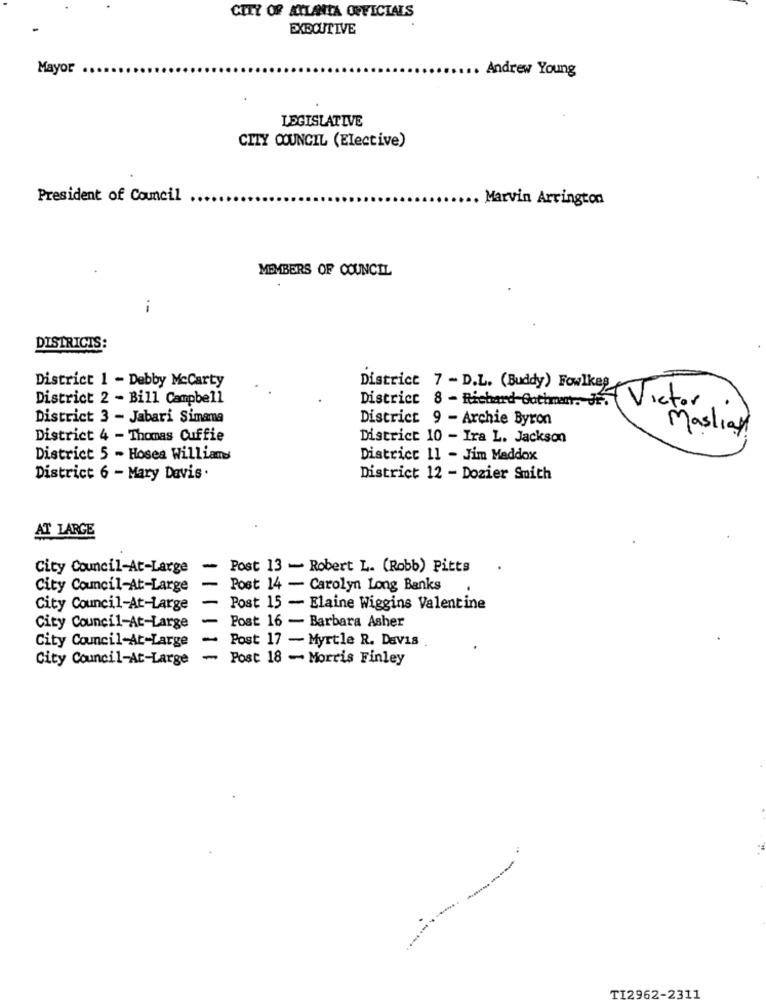
CITY OF ATLANTA OFFICIALS
EXECUTIVE
Mayor
Andrew Young
LEGISLATIVE
CITY COUNCIL (Elective)
President of Council .
. Marvin Arrington
MEMBERS OF COUNCIL
DISTRICTS:
District 1 - Debby Mccarty
District 7 - D.L. (Buddy) Fowlkes
District 2 - Bill Campbell
Victor
District 8 - Richard-Gathman. JF.
District 3 - Jabari Simama
District 9 - Archie Byron
Masliay
District 4 - Thomas Cuffie
District 10 - Ira L. Jackson
District 5 - Hosea Williams
District 11 - Jim Maddox
District 6 - Mary Davis .
District 12 - Dozier Smith
AT LARGE
City Council-At-Large
-
Post 13 - Robert L. (Robb) Pitts
City Council-At-Large
Post 14 - Carolyn Long Banks
City Council-At-Large
Post 15 - Elaine Wiggins Valentine
City Council-At-Large
Post 16 - Barbara Asher
City Council-At-Large
-
Post 17 - Myrtle R. Davis
-
Post 18 - Morris Finley
City Council-At-Large
TI2962-2311